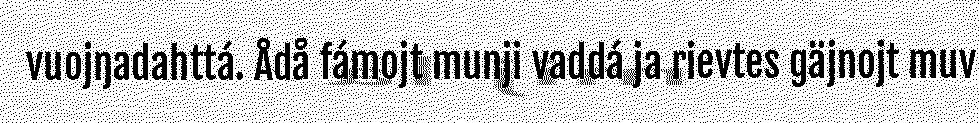
vuojŋadahttá. Ådå fámojt munji vaddá ja rievtes gäjnojt muv